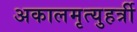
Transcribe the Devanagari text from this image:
अकालमृत्युहर्त्री